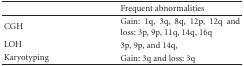
|  | Frequent abnormalities |
 | --- | --- |
 | CGH | Gain: 1q, 3q, 8q, 12p, 12q and loss: 3p, 9p, 11q, 14q, 16q |
 | LOH | 3p, 9p, and 14q, |
 | Karyotyping | Gain: 3q and loss: 3q |